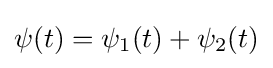
\psi (t)=\psi _{1}(t)+\psi _{2}(t)